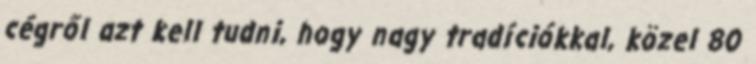
cégről azt kell tudni, hogy nagy tradíciókkal, közel 80